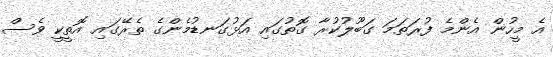
އެ މީހުން އެންމެ ފުރަތަމަ ގަބޫލުކުރާ ގޮތުގައި އަޅުގަނޑުމެންގެ ތެރޭގައި އޮތީކީ ވެސް